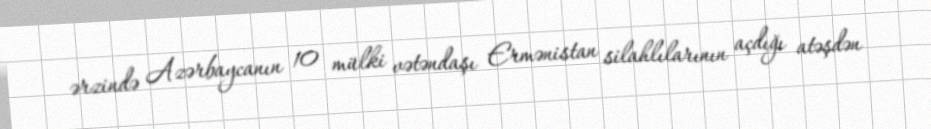
ərzində Azərbaycanın 10 mülki vətəndaşı Ermənistan silahlılarının açdığı atəşdən